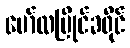
မော်လမြိုင်ခရိုင်